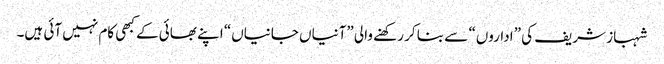
شہباز شریف کی ”اداروں“ سے بنا کر رکھنے والی ”آنیاں جانیاں“ اپنے بھائی کے کبھی کام نہیں آئی ہیں۔